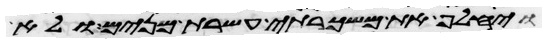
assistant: ויחלף את משכרתי עשרת מנים ולא